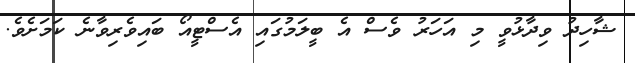
ޝާހިދު ވިދާޅުވީ މި އަހަރު ވެސް އެ ބީލަމުގައި އެސްޓީއޯ ބައިވެރިވާނެ ކަމަށެވެ.